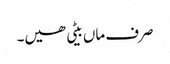
صرف ماں بیٹی ھیں۔